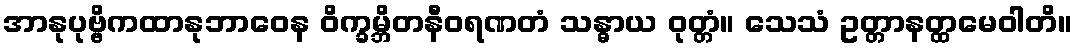
အာနုပုဗ္ဗိကထာနုဘာဝေန ဝိက္ခမ္ဘိတနီဝရဏတံ သန္ဓာယ ဝုတ္တံ။ သေသံ ဥတ္တာနတ္ထမေဝါတိ။